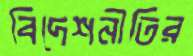
বিদেশনীতির